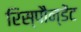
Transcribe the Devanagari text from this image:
रिस्पौन्डेंट